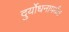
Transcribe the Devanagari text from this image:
दुर्योधनापर्यंत